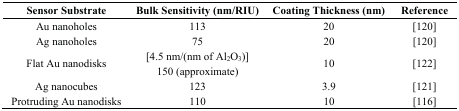
<table><thead><tr><td><b>Sensor Substrate</b></td><td><b>Bulk Sensitivity (nm/RIU)</b></td><td><b>Coating Thickness (nm)</b></td><td><b>Reference</b></td></tr></thead><tbody><tr><td>Au nanoholes</td><td>113</td><td>20 </td><td>[120]</td></tr><tr><td>Ag nanoholes</td><td>75</td><td>20</td><td>[120]</td></tr><tr><td>Flat Au nanodisks</td><td>[4.5 nm/(nm of Al<sub>2</sub>O<sub>3</sub>)] 150 (approximate)</td><td>10</td><td>[122]</td></tr><tr><td>Ag nanocubes</td><td>123</td><td>3.9</td><td>[121]</td></tr><tr><td>Protruding Au nanodisks</td><td>110</td><td>10</td><td>[116]</td></tr></tbody></table>